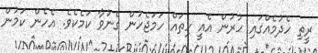
ރީތި ހެދުމެއްގައި ހުރުން އެއީ ހިތައް ހަމަޖެހުން ގެނުވާ ކަމެކެވެ. އެހެން ކަމުން